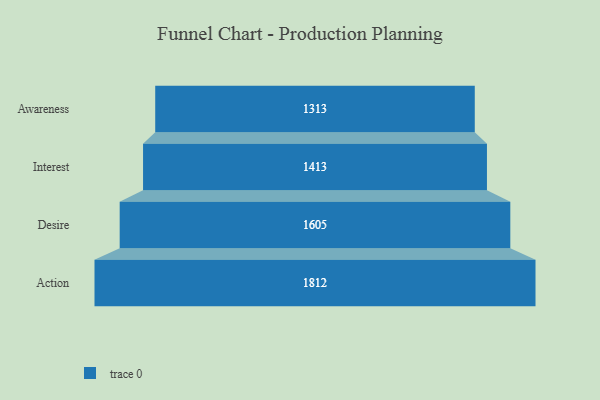
{"axis": {"x": "Stage", "y": "Value"}, "legend": [""], "data": [{"x": "Awareness", "y": 1313.0, "type": ""}, {"x": "Interest", "y": 1413.0, "type": ""}, {"x": "Desire", "y": 1605.0, "type": ""}, {"x": "Action", "y": 1812.0, "type": ""}]}